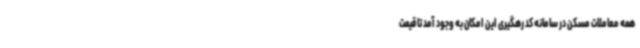
همه معاملات مسکن در سامانه کد رهگیری این امکان به وجود آمد تا قیمت